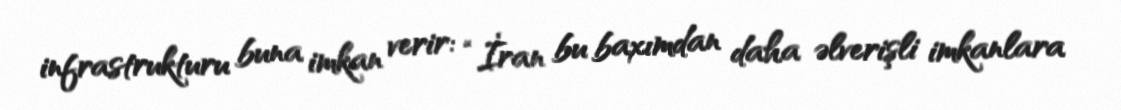
infrastrukturu buna imkan verir: “İran bu baxımdan daha əlverişli imkanlara